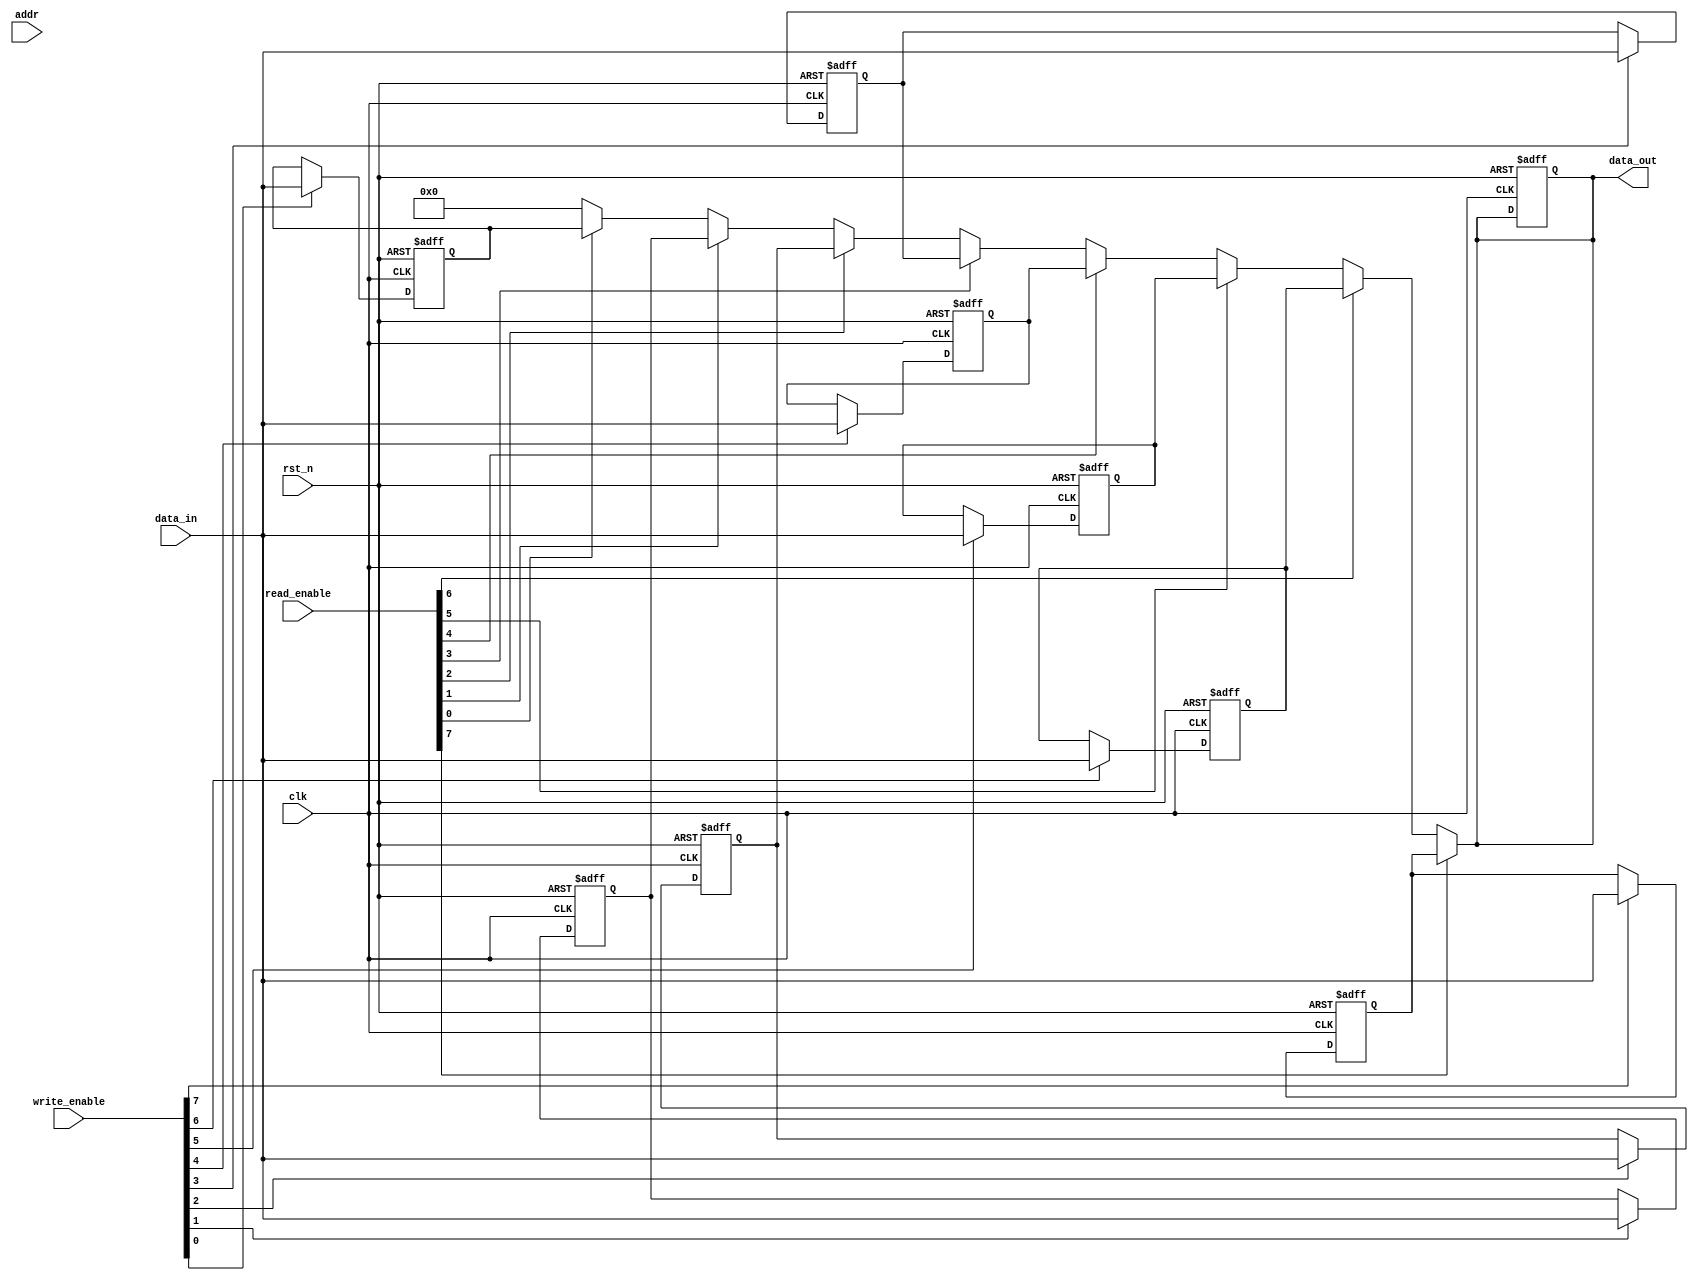
module io_blocks_register_file #(
    parameter NUM_REGS = 8,          // Number of registers (e.g., 8, 16, 32)
    parameter REG_WIDTH = 32          // Width of each register in bits (e.g., 8, 16, 32, 64)
)(
    input wire clk,                   // Clock signal
    input wire rst_n,                 // Asynchronous active-low reset
    input wire [NUM_REGS-1:0] read_enable,  // Read enable signals for each register
    input wire [NUM_REGS-1:0] write_enable, // Write enable signals for each register
    input wire [NUM_REGS-1:0] addr,   // Address input to select register
    input wire [REG_WIDTH-1:0] data_in, // Data input for writing to registers
    output reg [REG_WIDTH-1:0] data_out // Data output for reading from registers
);

    // Register array declaration
    reg [REG_WIDTH-1:0] registers [0:NUM_REGS-1];

    integer i;

    // Reset and write operations
    always @(posedge clk or negedge rst_n) begin
        if (!rst_n) begin
            // Asynchronous reset: clear all registers
            for (i = 0; i < NUM_REGS; i = i + 1) begin
                registers[i] <= {REG_WIDTH{1'b0}}; // Initialize to 0
            end
            data_out <= {REG_WIDTH{1'b0}}; // Clear output data
        end
        else begin
            // Write operation
            for (i = 0; i < NUM_REGS; i = i + 1) begin
                if (write_enable[i]) begin
                    registers[i] <= data_in; // Write data to selected register
                end
            end
        end
    end

    // Read operation
    always @(*) begin
        data_out = {REG_WIDTH{1'b0}}; // Default output
        for (i = 0; i < NUM_REGS; i = i + 1) begin
            if (read_enable[i]) begin
                data_out = registers[i]; // Read data from selected register
            end
        end
    end

endmodule